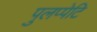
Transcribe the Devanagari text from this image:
पुलप्पेटि